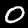
Label: 0